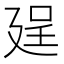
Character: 𢌥